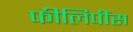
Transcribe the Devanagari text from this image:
फीलिपींस